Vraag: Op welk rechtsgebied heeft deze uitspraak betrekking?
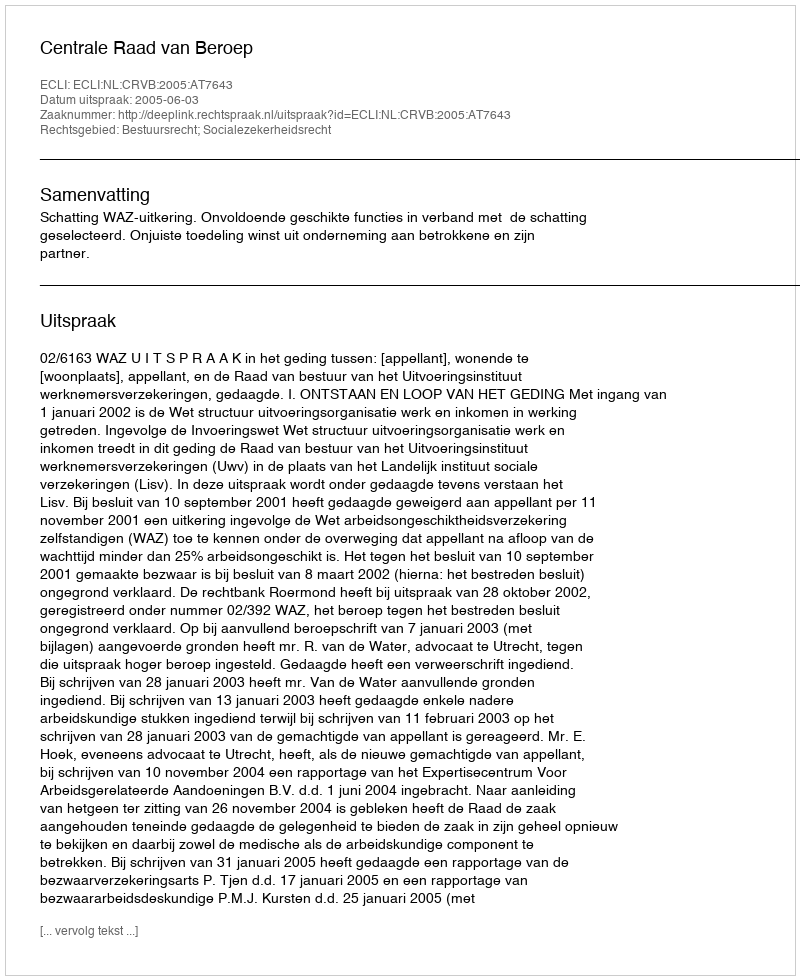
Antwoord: Bestuursrecht; Socialezekerheidsrecht